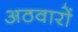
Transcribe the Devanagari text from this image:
अठवारों